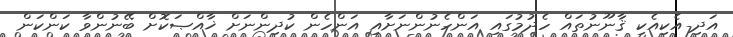
އަދި އެކިއެކި ޤާނޫނުތައް ހެދުމުގައި އަންހެނުންނަށާއި އަންހެން ކުދިންނަށް ޚާއްޞަކޮށް ބޭނުންވާ ކަންކަން